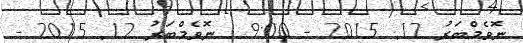
ނޮވެމްބަރު 12